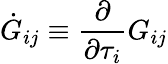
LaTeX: \dot{G}_{ij}\equiv\frac{\partial}{\partial\tau_{i}}G_{ij}